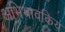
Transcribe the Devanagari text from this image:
अभिभावकिय